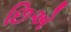
છિએ